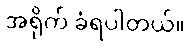
အရိုက် ခံရပါတယ်။